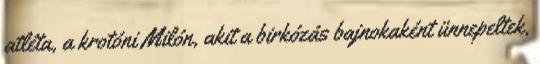
atléta, a krotóni Milón, akit a birkózás bajnokaként ünnepeltek,